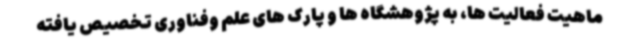
ماهیت فعالیت ها، به پژوهشگاه ها و پارک های علم وفناوری تخصیص یافته